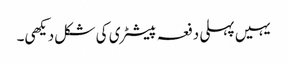
یہیں پہلی دفعہ پیسٹری کی شکل دیکھی۔